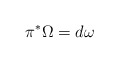
\begin{align*} \pi^* \Omega = d\omega\end{align*}